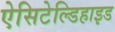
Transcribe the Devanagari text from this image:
ऐसिटेल्डिहाइड